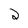
Character: 2